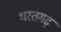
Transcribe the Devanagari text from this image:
भरतगढ़